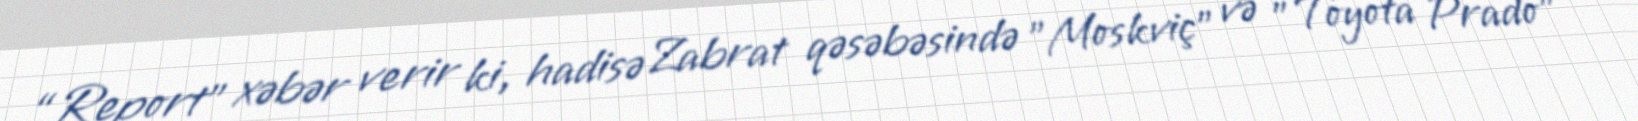
“Report” xəbər verir ki, hadisə Zabrat qəsəbəsində "Moskviç" və "Toyota Prado"